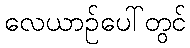
လေယာဉ်ပေါ်တွင်